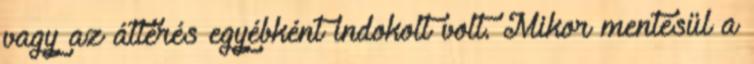
vagy az áttérés egyébként indokolt volt. Mikor mentesül a